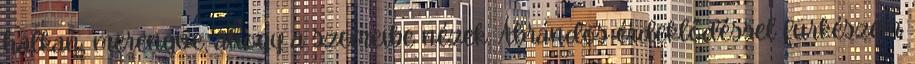
halkan, merengve, ahogy a szemeibe nézek. Ábrándos érdeklődéssel fürkészem